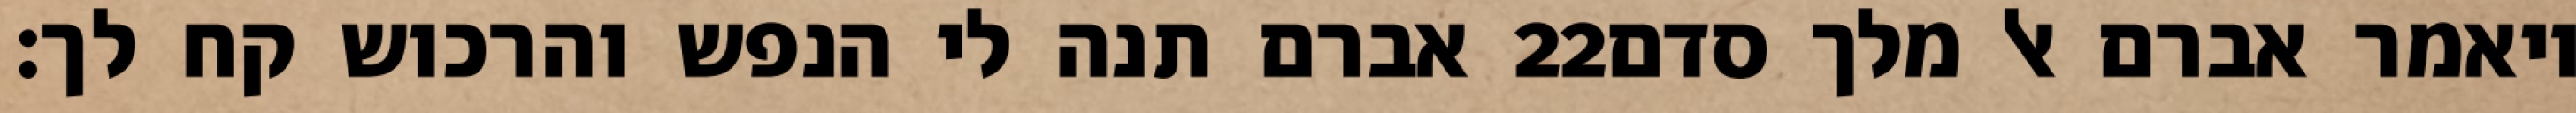
אברם תנה לי הנפש והרכוש קח לך׃ ‎22‏ ויאמר אברם אל מלך סדם